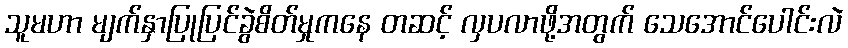
သူမဟာ မျက်နှာပြုပြင်ခွဲစိတ်မှုကနေ တဆင့် လှပလာဖို့အတွက် သေအောင်ပေါင်းလဲ